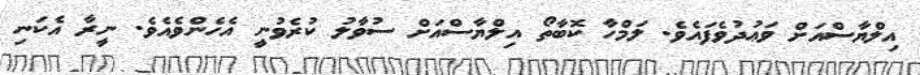
އިލްޔާސްއަށް ވަޢުދުވެފައެވެ. ލަމްހާ ކޮބާތޯ އިލްޔާސްއަށް ސުވާލު ކުރެވުނީ އެހެންވެއެވެ. ނީރާ އެކަނި